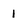
Character: 1